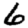
Digit: 6